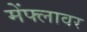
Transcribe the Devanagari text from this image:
मेंफ्लावर